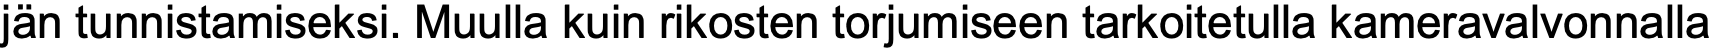
jän tunnistamiseksi. Muulla kuin rikosten torjumiseen tarkoitetulla kameravalvonnalla